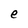
Character: e